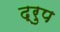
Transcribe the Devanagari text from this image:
द्रुप